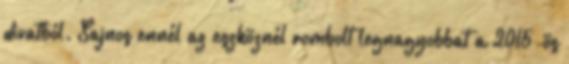
divatból. Sajnos ennél az eszköznél rombolt legnagyobbat a 2015-ös